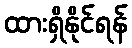
ထားရှိနိုင်ရန်